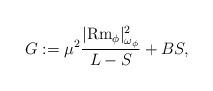
LaTeX: \begin{align*}G:=\mu^2 \frac{|{\rm Rm}_{\phi}|_{\omega_{\phi}}^2}{L-S}+BS,\end{align*}